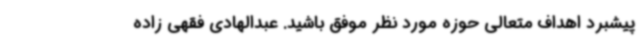
پیشبرد اهداف متعالی حوزه مورد نظر موفق باشید. عبدالهادی فقهی زاده